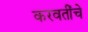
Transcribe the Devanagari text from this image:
करवतींचे